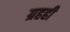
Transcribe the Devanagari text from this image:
ग्रहही